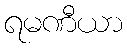
ရမဏီယာ